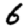
Digit: 6